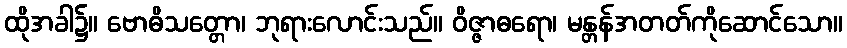
ထိုအခါ၌။ ဗောဓိသတ္တော၊ ဘုရားလောင်းသည်။ ဝိဇ္ဇာဓရော၊ မန္တန်အတတ်ကိုဆောင်သော။